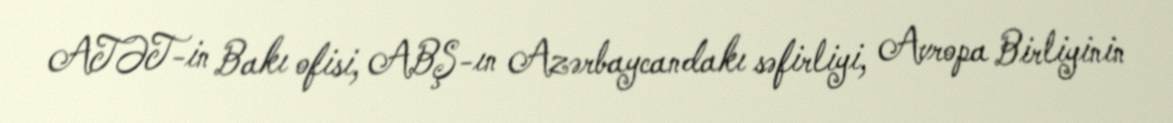
ATƏT-in Bakı ofisi, ABŞ-ın Azərbaycandakı səfirliyi, Avropa Birliyinin